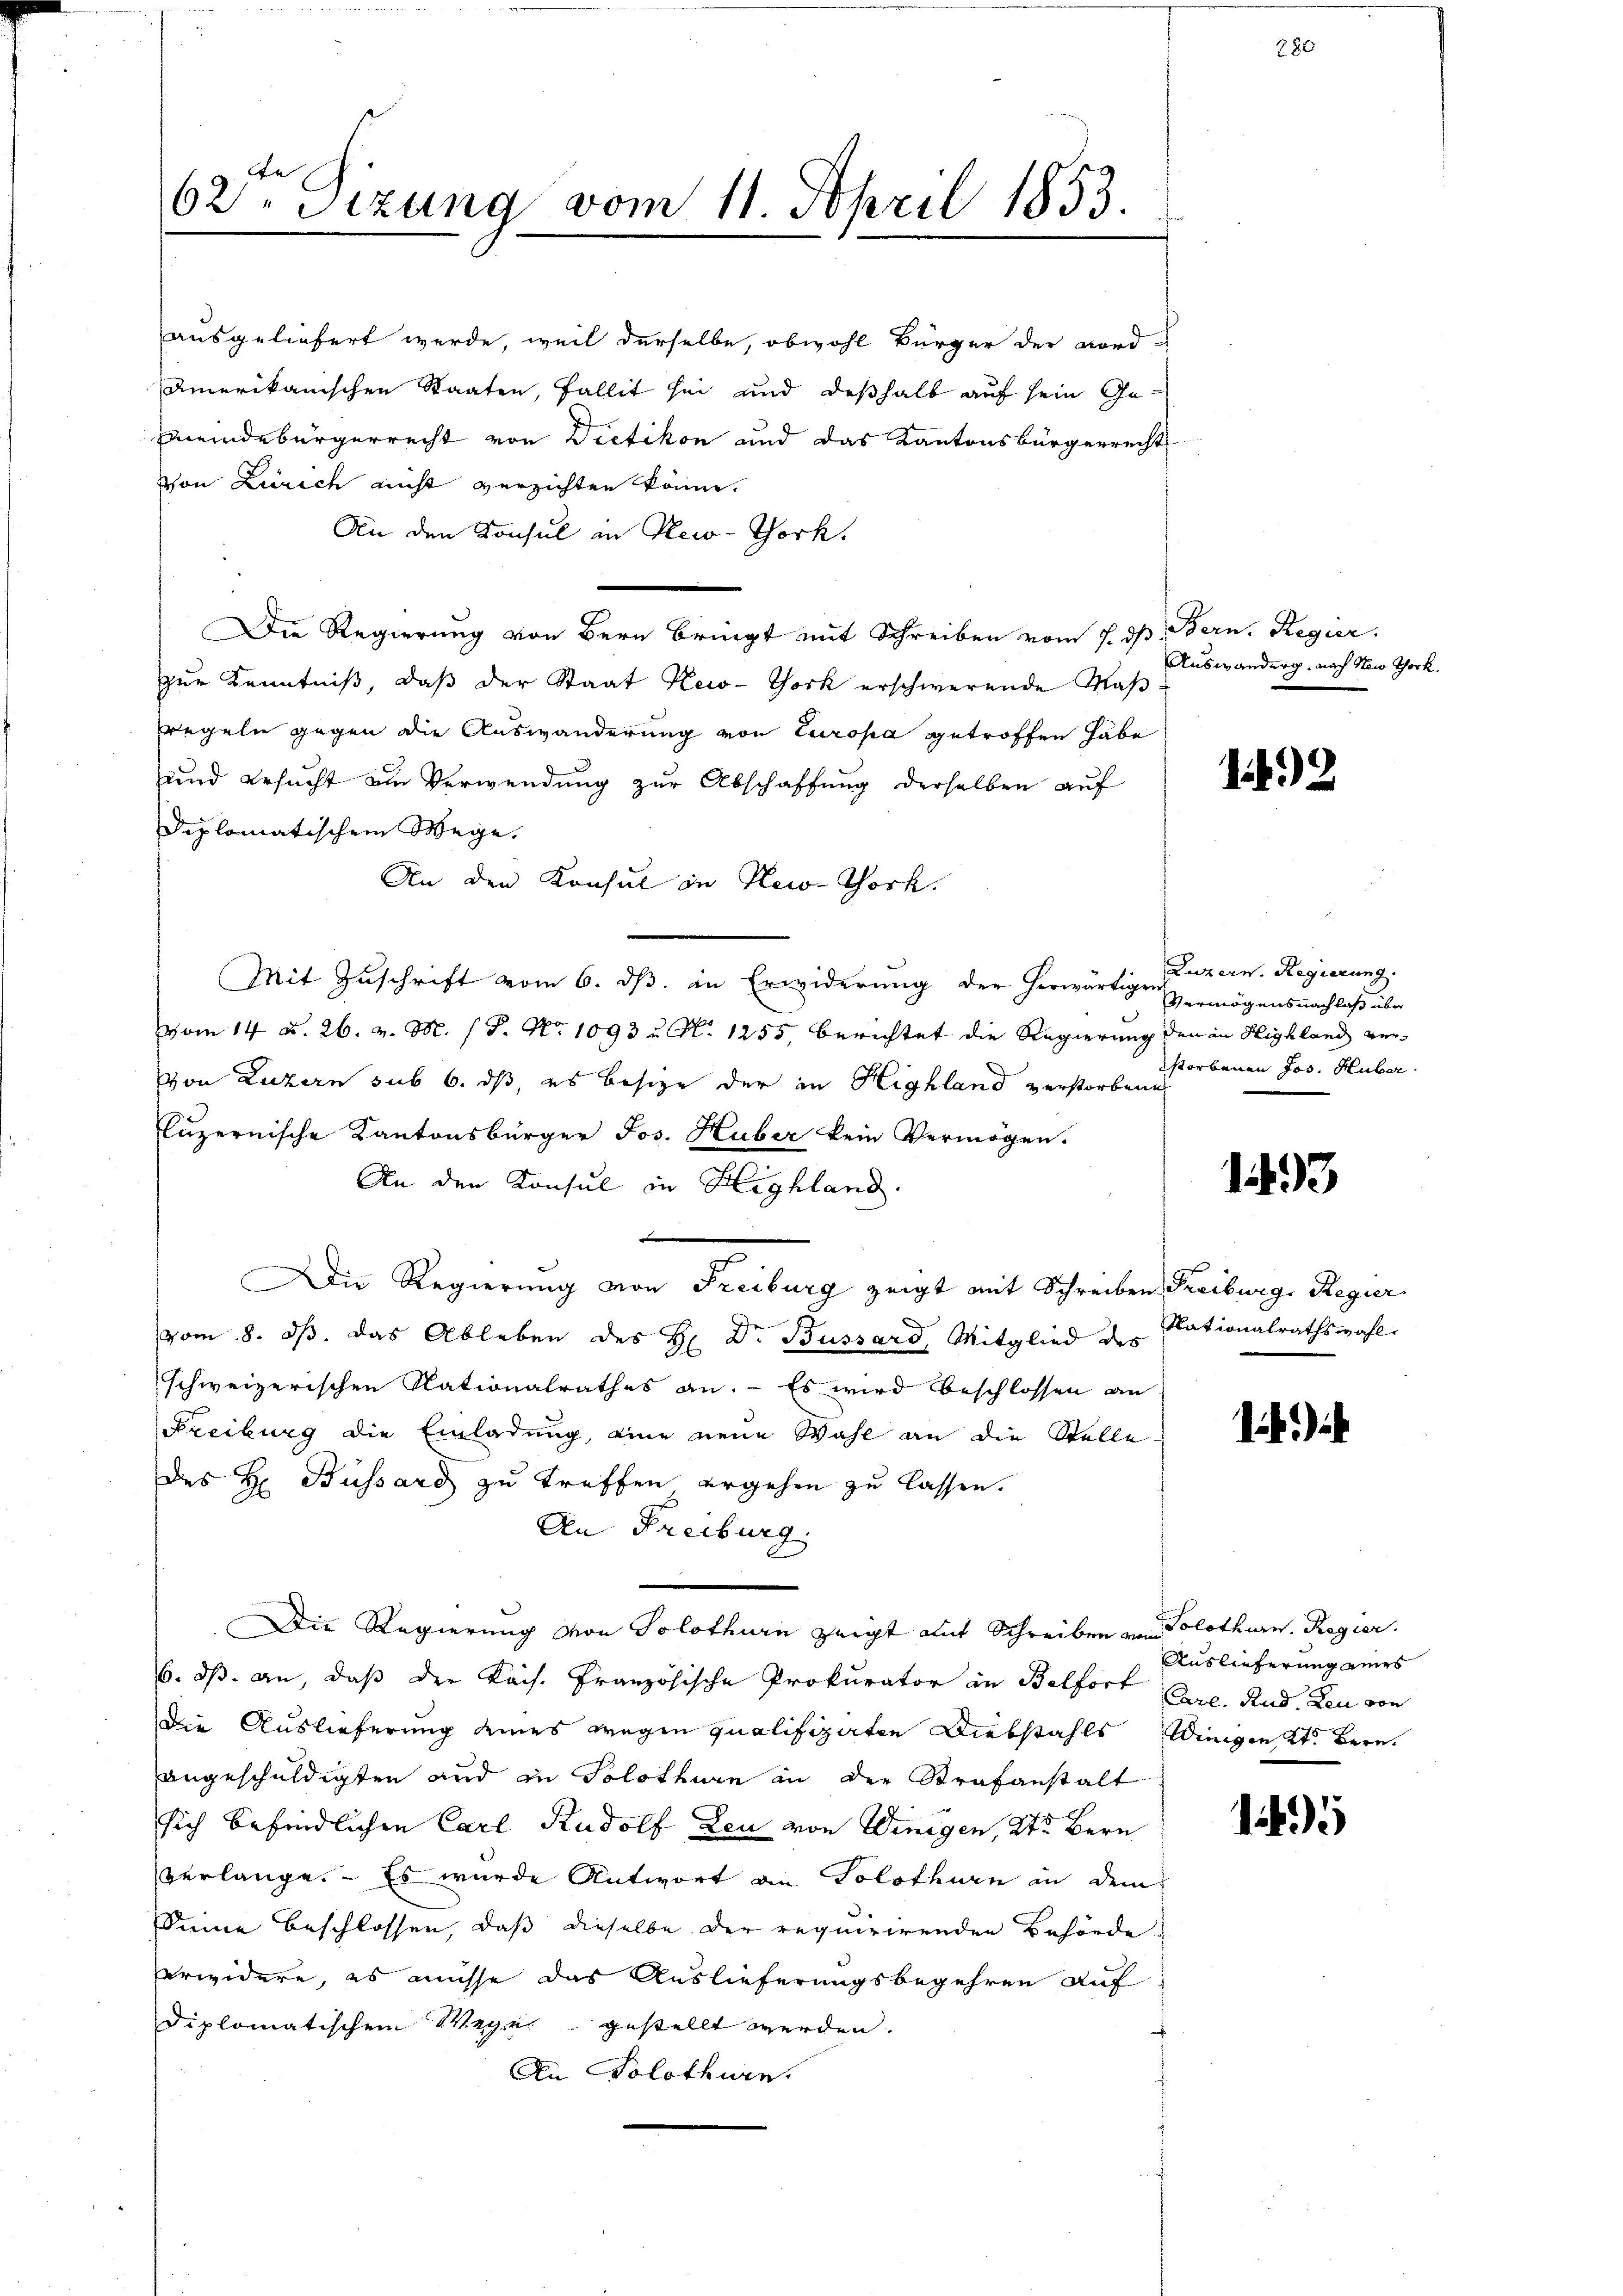
62. Sizung vom 11. April 1853.

ausgeliefert werde, weil derselbe, obwohl Bürger der Nord-
Amerikanischen Staaten, fallit sei und deßhalb auf sein Gemeindebürgerrecht von Dietikon und das Kantonsbürgerrecht
Von Zürich nicht verzichten könne.
An den Konsul in Reco-Tork.
Die Regierung von Bern bringt mit Schreiben vom 7. ds Bern. Regier
zur Kenntniß, daß der Staat New-York erschwerende Maß
regeln gegen die Auswanderung von Europa getroffen habe
und ersucht am Verwendung zur Abschaffung derselben auf
Diplomatischem Wege.
An den Konsul in New-York.
Mit Zuschrift vom 6. ds. in Erwiderung der herwärtige
vom 14. d. 26. v. M. 18. No 1093 u. S. 1255, berichtet die Regierung den in Highland ver¬
Von Luzern sub 6. ds, es besize der in Highland verstorbene
luzernische Kantonsbürger Jos. Huber kein Vermögen.
An den Konsul in Highland
.
Die Regierung von Freiburg zeigt mit Schreiben Freiburg, Regier
vom 8. ds. das Ableben des H. Dr. Bussard, Mitglied des Nationalrathswahl
schweizerischen Nationalrathes an. – Es wird beschlossen an
Freiburg die Einladung, eine neue Wahl an die Stelle
des H: Büssard zu treffen ergehen zu lassen.
Aen Freiburg,
Die Regierung von Solothurn zeigt auf Schreiben von Solothurn. Regier
6. ds. an, daß der Kais. Französische Prokurator an Belfort Arie. Rud. Leu von
Die Auslieferung deines wegen qualifizirten Diebstahls Winigen Kt. Bern,
angeschuldigten und zu Solothurn in der Strafanstalt
sich befindlichen Carl Rudolf Leu von Winigen, 2ter Bern
verlange. Es wurde Antwort an Solothurn in dem
Sinne beschlossen, daß dieselbe der requirirenden Behörde
erwidere, es müsse das Auslieferungsbegehren auf
diplomatischem Wege gestellt werden.
An Solothwen

Auswanderg, nach Nein Thock.

2

Luzern. Regierung.
Vermögensnachlaß über
storbenen Jos. Huber

1493

)

Auslieferung ziers

1495